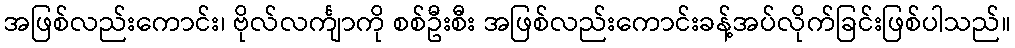
အဖြစ်လည်းကောင်း၊ ဗိုလ်လင်္ကျာကို စစ်ဦးစီး အဖြစ်လည်းကောင်းခန့်အပ်လိုက်ခြင်းဖြစ်ပါသည်။